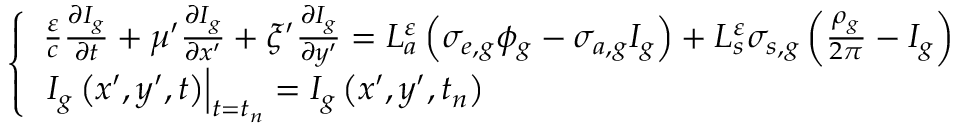
\left\{ \begin{array} { l } { { \frac { \varepsilon } { c } \frac { \partial I _ { g } } { \partial t } + \mu ^ { \prime } \frac { \partial I _ { g } } { \partial x ^ { \prime } } + \xi ^ { \prime } \frac { \partial I _ { g } } { \partial y ^ { \prime } } = L _ { a } ^ { \varepsilon } \left( \sigma _ { e , g } \phi _ { g } - \sigma _ { a , g } I _ { g } \right) + L _ { s } ^ { \varepsilon } \sigma _ { s , g } \left( \frac { \rho _ { g } } { 2 \pi } - I _ { g } \right) } } \\ { { \left. I _ { g } \left( x ^ { \prime } , y ^ { \prime } , t \right) \right| _ { t = t _ { n } } = I _ { g } \left( x ^ { \prime } , y ^ { \prime } , t _ { n } \right) } } \end{array} \right.